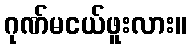
ဂုဏ်မငယ်ဖူးလား။